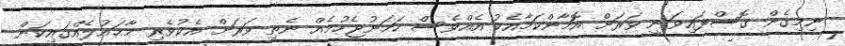
ނިމިގެން ގޮސްފައިވަނީ ވަރަށް އޮމާންކަމާއެކު އެއްވެސް ހަމަނުޖެހުމެއް ނެތި ވަރަށް އެކުވެރި މާޙައުލެއްގައިކަން